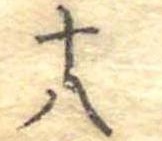
十八